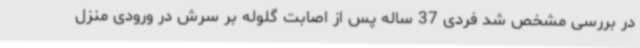
در بررسی مشخص شد فردی 37 ساله پس از اصابت گلوله بر سرش در ورودی منزل